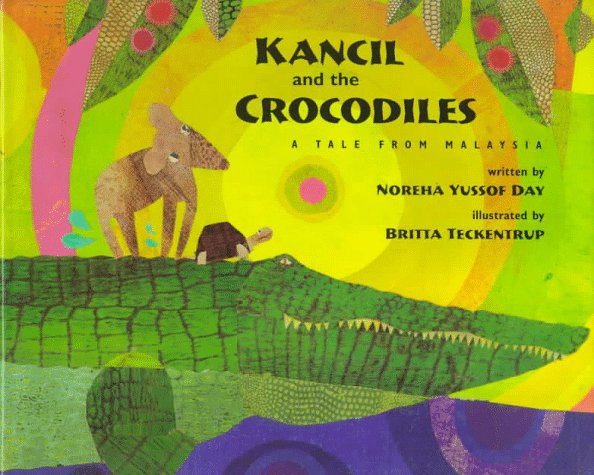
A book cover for Kancil and the Crocodiles: A Tale from Malaysia; Noreha Yussof Day; Children's Books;